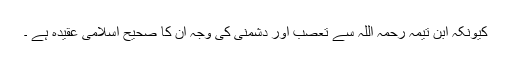
کیونکہ ابن تیمہ رحمہ اللہ سے تعصب اور دشمنی کی وجہ ان کا صحیح اسلامی عقیدہ ہے ۔